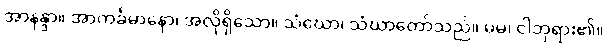
အာနန္ဒာ။ အာကင်္ခမာနော၊ အလိုရှိသော။ သံဃော၊ သံဃာတော်သည်။ မမ၊ ငါဘုရား၏။